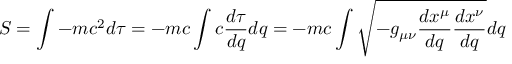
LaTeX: S = \int { - m c ^ { 2 } d \tau } = - m c \int { c { \frac { d \tau } { d q } } d q } = - m c \int { { \sqrt { - g _ { \mu \nu } { \frac { d x ^ { \mu } } { d q } } { \frac { d x ^ { \nu } } { d q } } } } d q }